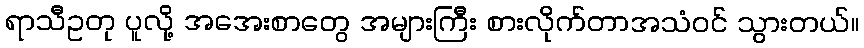
ရာသီဥတု ပူလို့ အအေးစာတွေ အများကြီး စားလိုက်တာအသံဝင် သွားတယ်။